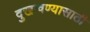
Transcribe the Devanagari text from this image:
दुखावण्यासाठी